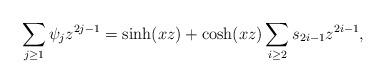
LaTeX: \begin{align*}\sum_{j\geq 1} \psi_j z^{2j-1} = \sinh(xz) + \cosh(xz)\sum_{i\geq 2} s_{2i-1}z^{2i-1},\end{align*}